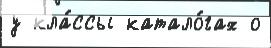
у кла́ссы катало́гах о